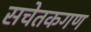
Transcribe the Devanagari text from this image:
सचेतकगण